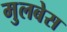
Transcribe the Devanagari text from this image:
मुलबेस